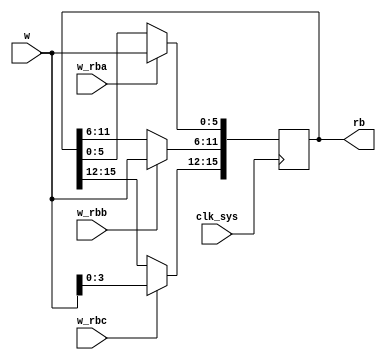
// Binary load register (RB)

module rb(
	input clk_sys,
	input [10:15] w,
	input w_rba,
	input w_rbb,
	input w_rbc,
	output reg [0:15] rb
);

	always @ (posedge clk_sys) begin
		if (w_rbc) rb[0:3] <= w[12:15];
		if (w_rbb) rb[4:9] <= w[10:15];
		if (w_rba) rb[10:15] <= w[10:15];
	end

endmodule

// vim: tabstop=2 shiftwidth=2 autoindent noexpandtab